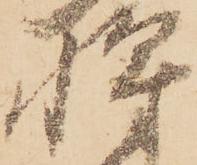
将